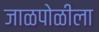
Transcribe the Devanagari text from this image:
जाळपोळीला